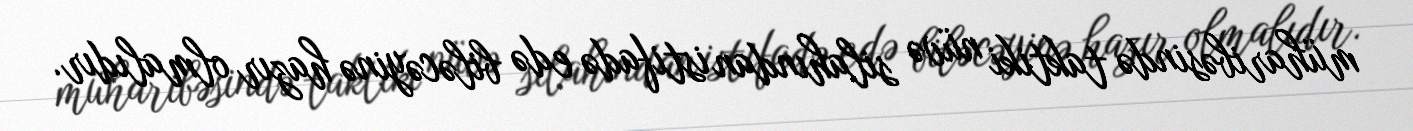
müharibəsində taktiki nüvə silahından istifadə edə biləcəyinə hazır olmalıdır.